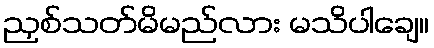
ညှစ်သတ်မိမည်လား မသိပါချေ။